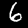
Digit: 6